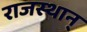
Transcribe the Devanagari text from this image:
राजस्थान्